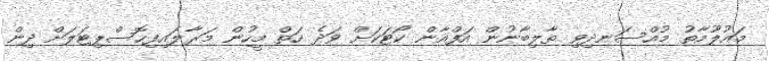
މައުލޫމާތު މުއްސަނދިވި ތާލިބާނުން އަފްޣާން ކޯޓަކަށް ވަދެ ހަތް މީހުން މަރާލައިފިހޮސްޕިޓަލަށް ދިން